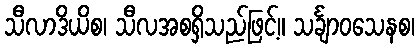
သီလာဒိယိစ၊ သီလအစရှိသည်ဖြင့်။ သင်္ချာဝသေနစ၊